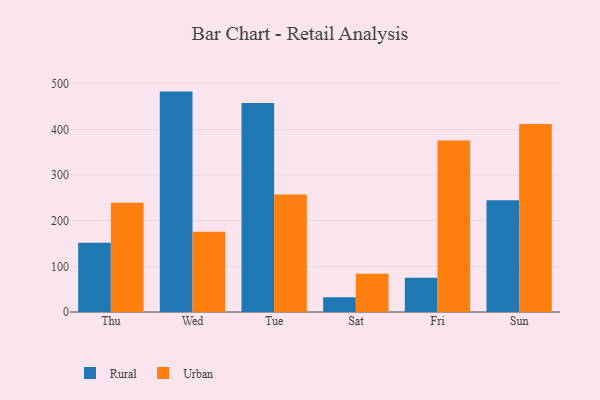
{"axis": {"x": "Day", "y": "Latency (ms)"}, "legend": ["Rural", "Urban"], "data": [{"x": "Thu", "y": 151.4, "type": "Rural"}, {"x": "Thu", "y": 239.1, "type": "Urban"}, {"x": "Wed", "y": 482.7, "type": "Rural"}, {"x": "Wed", "y": 176.0, "type": "Urban"}, {"x": "Tue", "y": 457.7, "type": "Rural"}, {"x": "Tue", "y": 257.2, "type": "Urban"}, {"x": "Sat", "y": 32.3, "type": "Rural"}, {"x": "Sat", "y": 83.8, "type": "Urban"}, {"x": "Fri", "y": 75.1, "type": "Rural"}, {"x": "Fri", "y": 375.4, "type": "Urban"}, {"x": "Sun", "y": 245.0, "type": "Rural"}, {"x": "Sun", "y": 411.5, "type": "Urban"}]}